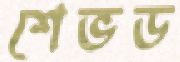
শেভড